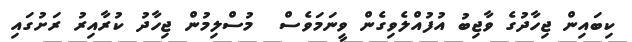
ކިބައިން ޖިހާދުގެ ވާޖިބު އުފުއްލެވިގެން ވީނަމަވެސް  މުސްލިމުން ޖިހާދު ކުރާއިރު ރަށުގައި